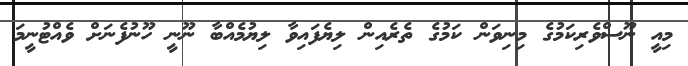
މިއީ ނޫސްވެރިކަމުގެ މިނިވަން ކަމުގެ ތެރެއިން ލިޔެފައިވާ ލިޔުމެއްބާ ނޫނީ ހޫނުފެނަށް ވެއްޓުނީމަ